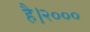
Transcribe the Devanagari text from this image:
है।२०००